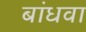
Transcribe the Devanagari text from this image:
बांधवा